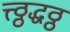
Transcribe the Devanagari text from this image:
त्त्ठ्ठद्धठ्ठ